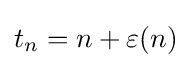
t_{n}=n+\varepsilon (n)